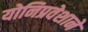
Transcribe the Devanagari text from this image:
योनिप्रवेशाने